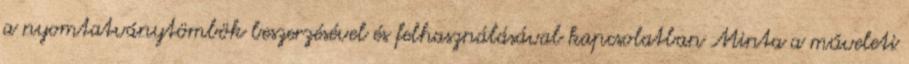
a nyomtatványtömbök beszerzésével és felhasználásával kapcsolatban Minta a műveleti